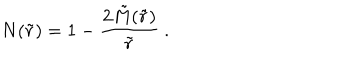
N ( \tilde { r } ) = 1 - \frac { 2 \tilde { M } ( \tilde { r } ) } { \tilde { r } } \ .